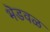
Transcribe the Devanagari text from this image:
भॆडवळ